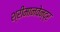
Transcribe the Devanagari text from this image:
श्रीमानवेन्द्र